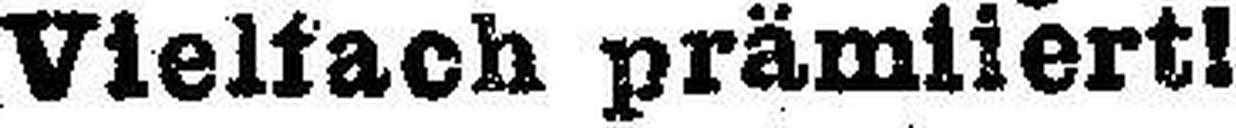
Vielfach prämiiert!